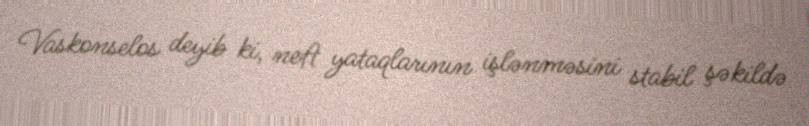
Vaskonselos deyib ki, neft yataqlarının işlənməsini stabil şəkildə